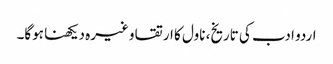
اردو ادب کی تاریخ، ناول کا ارتقا وغیرہ دیکھنا ہوگا۔